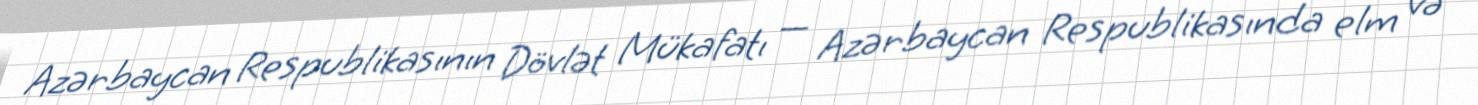
Azərbaycan Respublikasının Dövlət Mükafatı — Azərbaycan Respublikasında elm və